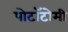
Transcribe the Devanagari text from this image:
पोटॉटोमी